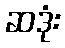
ဆဒုံး